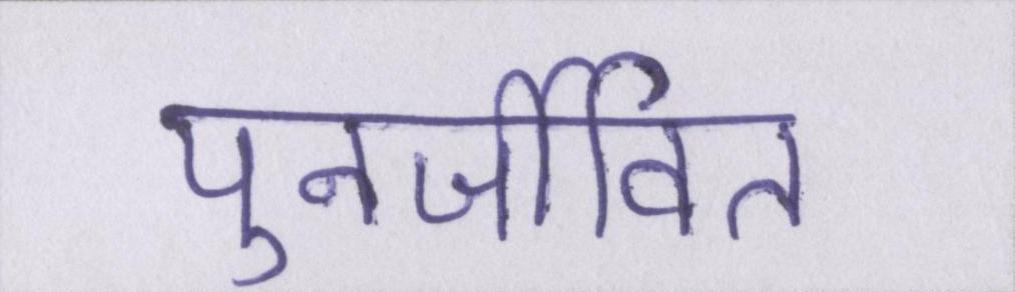
पुनर्जीवित